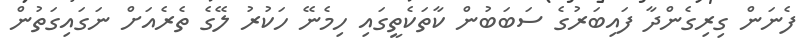
ފެނަން ގިރިގެންދާ ފައިބަރުގެ ސަބަބުން ކާތަކެތީގައި ހިމެނޭ ހަކުރު ލޭގެ ތެރެއަށް ނަގައިގަތުން